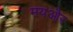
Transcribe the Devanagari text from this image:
मयऔर